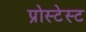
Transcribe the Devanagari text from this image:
प्रोस्टेस्ट